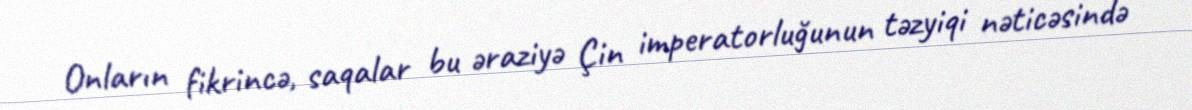
Onların fikrincə, saqalar bu əraziyə Çin imperatorluğunun təzyiqi nəticəsində